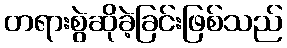
တရားစွဲဆိုခဲ့ခြင်းဖြစ်သည်